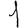
Digit: 1